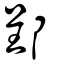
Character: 郢